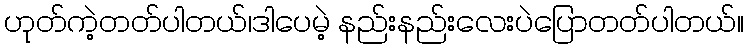
ဟုတ်ကဲ့တတ်ပါတယ်၊ဒါပေမဲ့ နည်းနည်းလေးပဲပြောတတ်ပါတယ်။